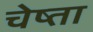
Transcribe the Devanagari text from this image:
चेष्ता